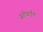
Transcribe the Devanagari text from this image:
सतीबाईंनी